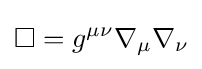
\square =g^{\mu \nu }\nabla _{\mu }\nabla _{\nu }